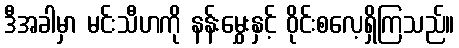
ဒီအခါမှာ မင်းသီဟကို နန်းမွှေးနှင့် ဝိုင်းစလေ့ရှိကြသည်။